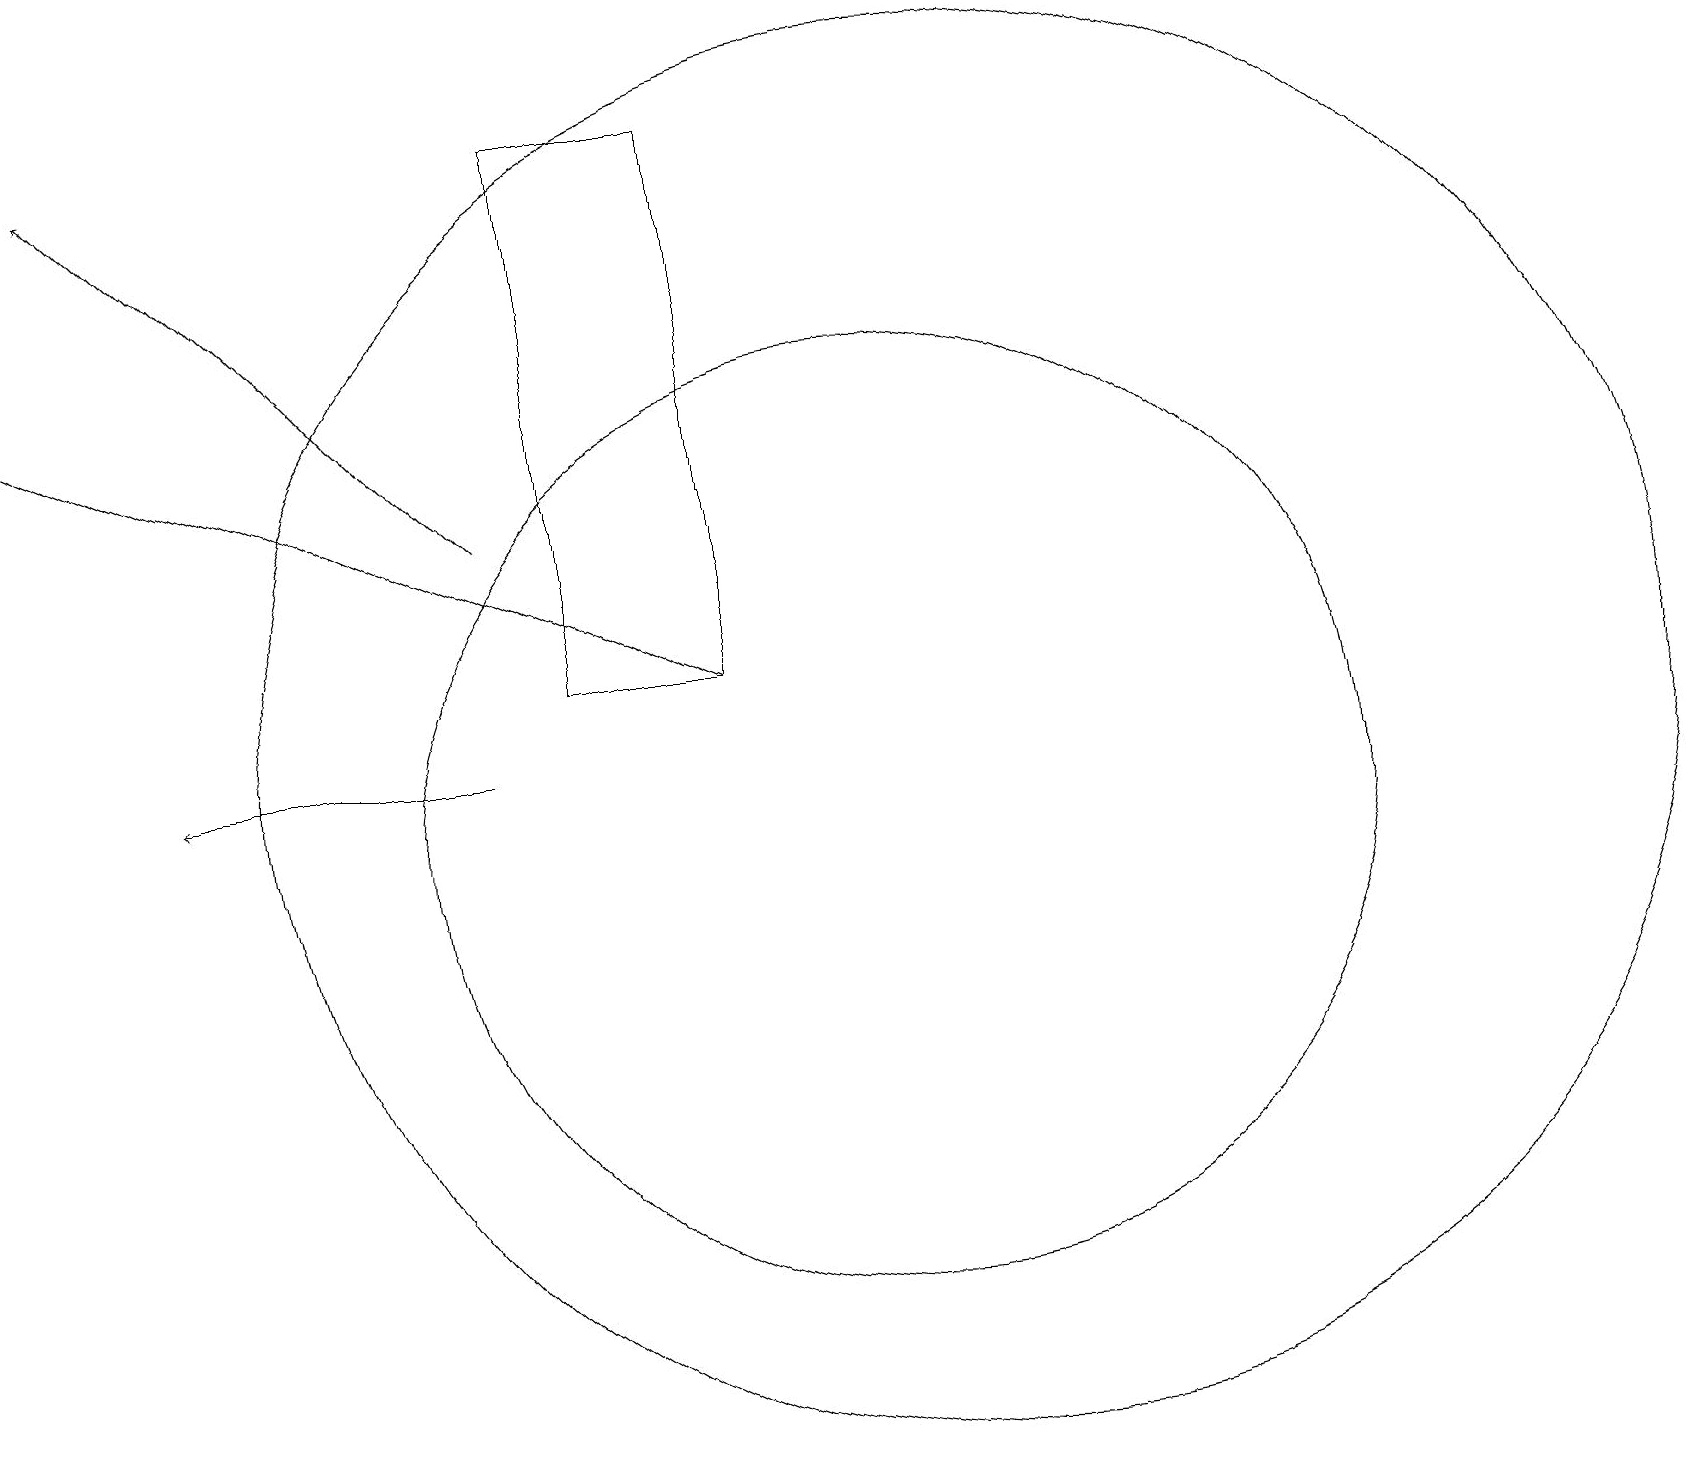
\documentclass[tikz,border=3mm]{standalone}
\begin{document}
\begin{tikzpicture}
\draw[->] (6,11) -- (2,11);
\draw (12,11) circle (9);
\draw[->] (9,12) -- (0,16);
\draw (11,10) circle (6);
\draw (5,11) rectangle (5,11);
\draw (9,19) rectangle (7,12);
\draw[->] (6,14) -- (1,19);
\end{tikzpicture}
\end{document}